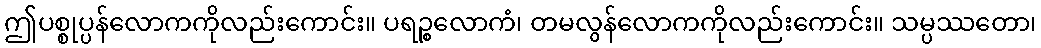
ဤပစ္စုပ္ပန်လောကကိုလည်းကောင်း။ ပရဉ္စလောကံ၊ တမလွန်လောကကိုလည်းကောင်း။ သမ္ပဿတော၊